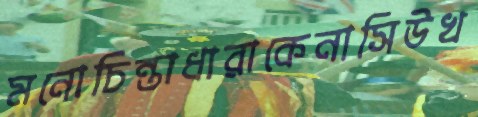
মনোচিন্তাধারাকেনাসিউখ